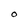
Character: O